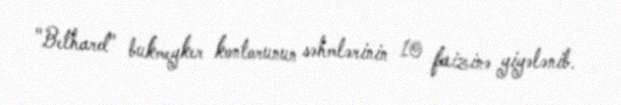
"Bethard" bukmeyker kontorunun səhmlərinin 10 faizinə yiyələnib.